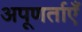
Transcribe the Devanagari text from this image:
अपूणर्ताएँ